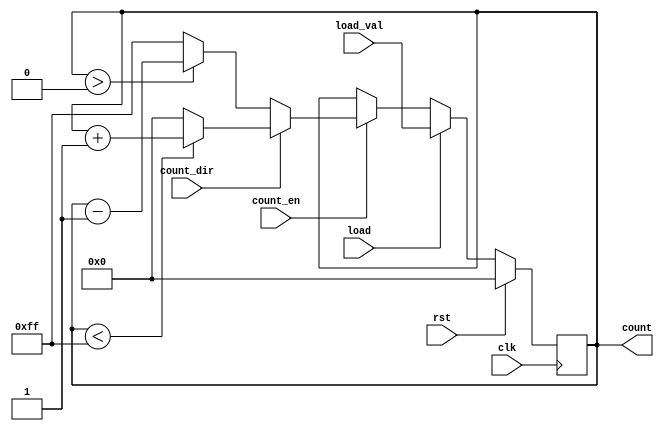
module SynchronousLoadCounter (
    input wire clk,              // Clock input
    input wire rst,              // Synchronous reset
    input wire load,             // Load control signal
    input wire [7:0] load_val,   // Value to load into the counter
    input wire count_en,         // Count enable signal
    input wire count_dir,        // Count direction (1 for up, 0 for down)
    output reg [7:0] count       // Current count output
);

    // Parameter for maximum and minimum values
    parameter MAX_COUNT = 8'hFF; // Maximum count value (255 for 8-bit counter)
    parameter MIN_COUNT = 8'h00; // Minimum count value (0 for 8-bit counter)

    always @(posedge clk) begin
        if (rst) begin
            // Synchronous reset
            count <= MIN_COUNT; // Initialize counter to 0
        end else if (load) begin
            // Load new value into the counter
            count <= load_val; // Load the specified value
        end else if (count_en) begin
            // Counting operation
            if (count_dir) begin
                // Up counting
                if (count < MAX_COUNT) begin
                    count <= count + 1; // Increment count
                end else begin
                    count <= MIN_COUNT; // Wrap around to 0
                end
            end else begin
                // Down counting
                if (count > MIN_COUNT) begin
                    count <= count - 1; // Decrement count
                end else begin
                    count <= MAX_COUNT; // Wrap around to MAX_COUNT
                end
            end
        end
        // If count_en is not asserted, hold the current count value
    end

endmodule